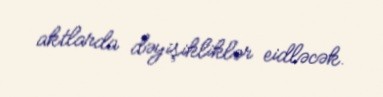
aktlarda dəyişikliklər eidləcək.